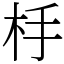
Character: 杽